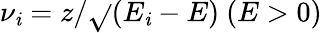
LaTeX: \nu_{\mathit{i}}=z/\sqrt{}{(}E_{\mathit{i}}-E)\ (E>0)